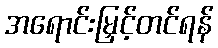
အရောင်းမြှင့်တင်ရန်